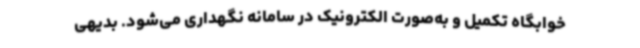
خوابگاه تکمیل و به‌صورت الکترونیک در سامانه نگهداری می‌شود. بدیهی